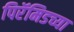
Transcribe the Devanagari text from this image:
पिरॅमिडच्या